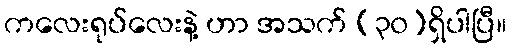
ကလေးရုပ်လေးနဲ့ ဟာ အသက် (၃၀)ရှိပါပြီ။